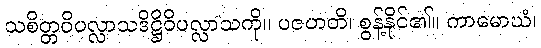
သစိတ္တဝိပလ္လာသဒိဋ္ဌိဝိပလ္လာသကို။ ပဇဟတိ၊ စွန့်နိုင်၏။ ကာမောဃံ၊